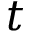
t